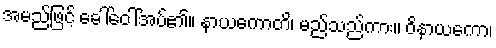
အမည်ဖြင့် ခေါ်ဝေါ်အပ်၏။ နာယကောတိ၊ မည်သည်ကား။ ဝိနာယကော၊